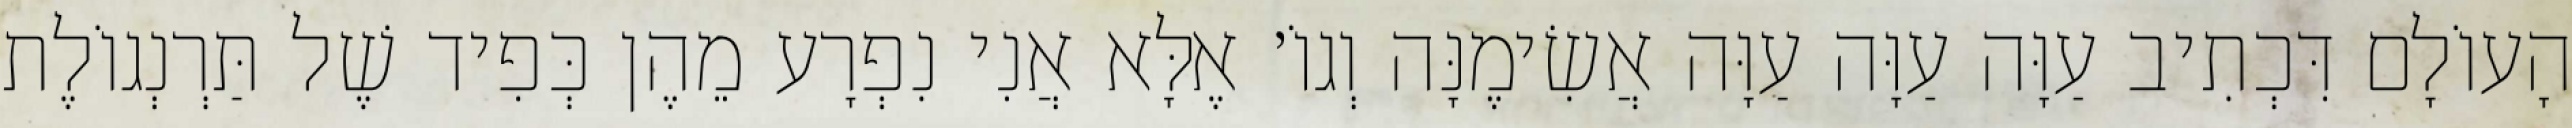
הָעוֹלָם דִּכְתִיב עַוָּה עַוָּה עַוָּה אֲשִׂימֶנָּה וְגוֹ׳ אֶלָּא אֲנִי נִפְרָע מֵהֶן כְּפִיד שֶׁל תַּרְנְגוֹלֶת